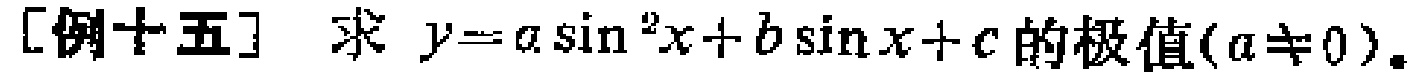
[例十五] 求 \(y = a\sin^{2}x + b\sin x + c\) 的极值(\(a\neq 0\))。